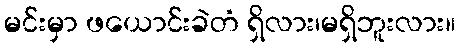
မင်းမှာ ဖယောင်းခဲတံ ရှိလား၊မရှိဘူးလား။